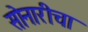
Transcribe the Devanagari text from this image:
सोनारीचा